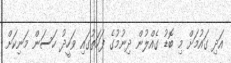
އަދި ގައުމަށް މި ބޮޑު ގެއްލުން ދިނުމުގެ ފަހަތުގައި ވަހީދު ހަސަން މަނިކަށް